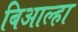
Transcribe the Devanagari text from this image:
बिआल्हा